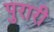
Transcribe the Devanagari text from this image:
पुरारी